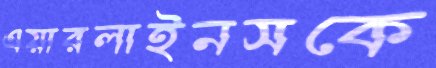
এয়ারলাইনসকে